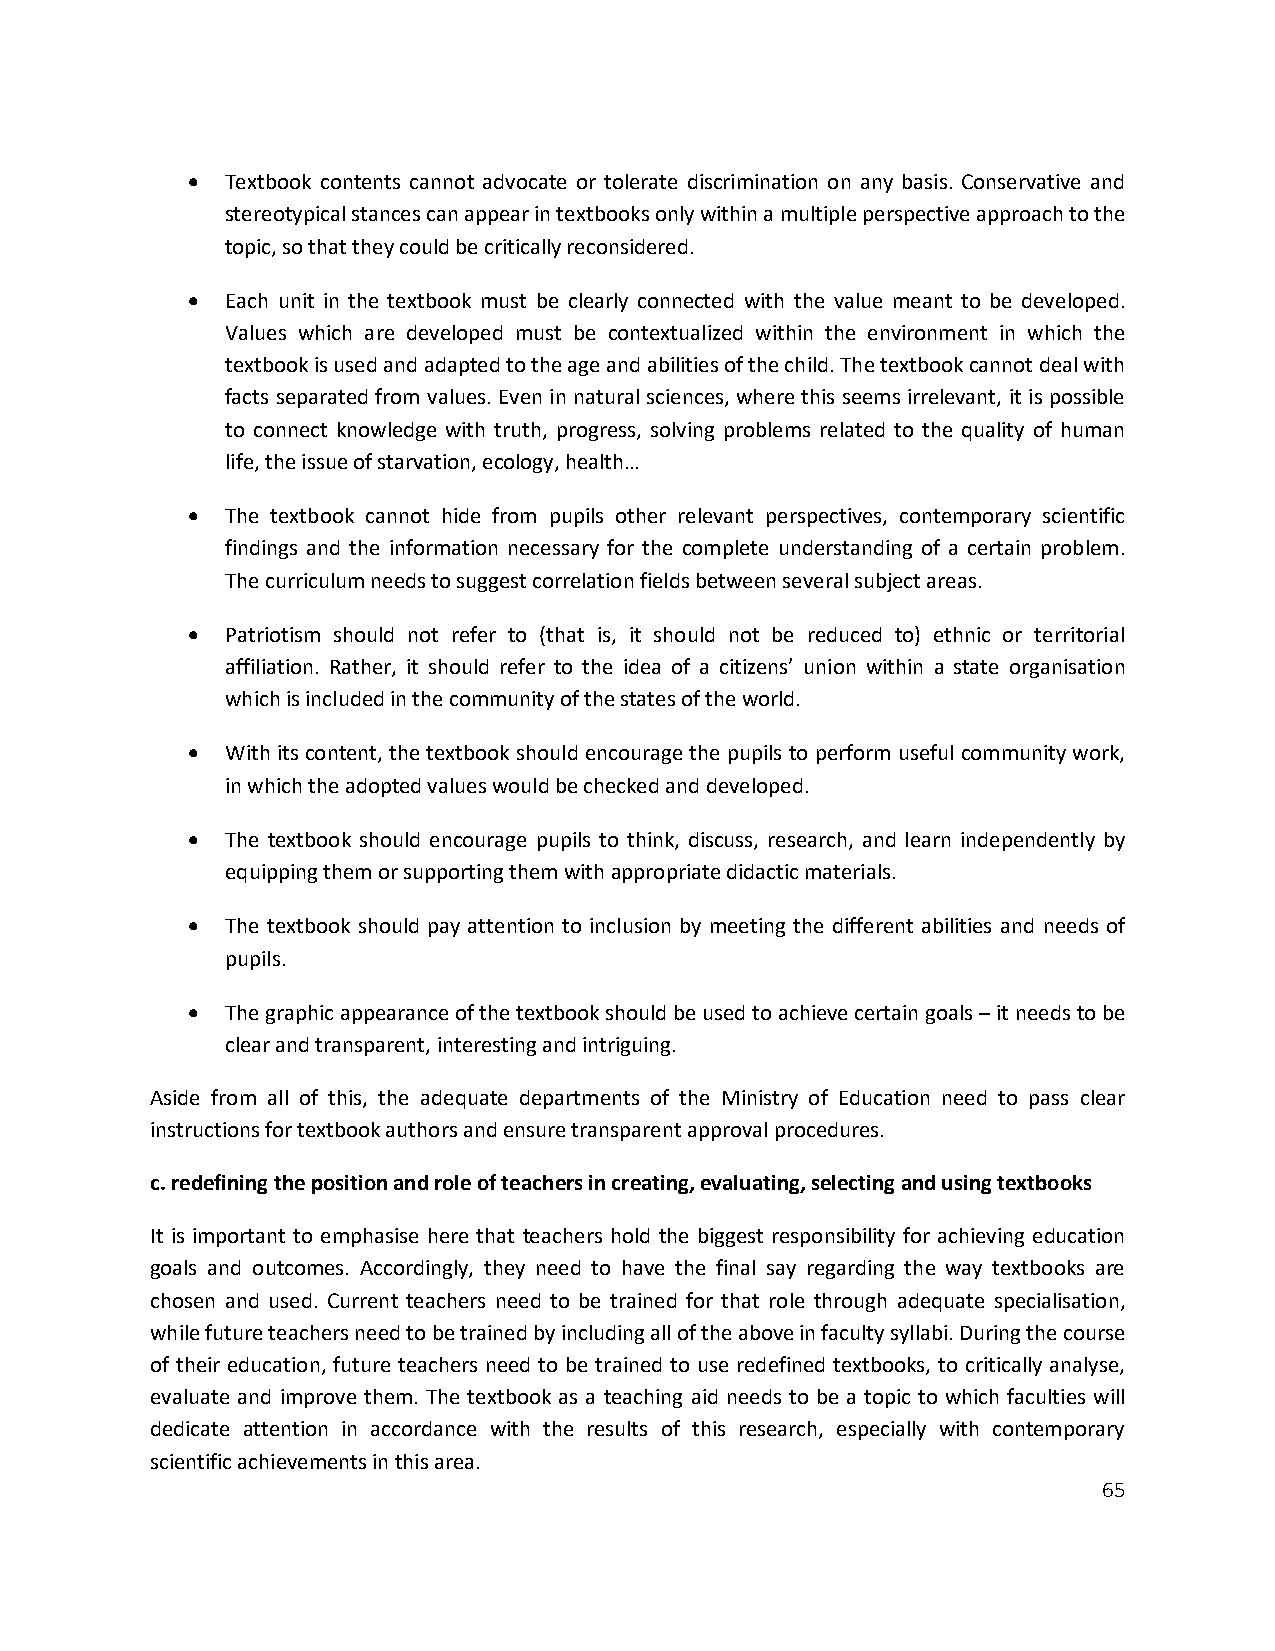
  Textbook contents cannot advocate or tolerate discrimination on any basis. Conservative and
 stereotypical stances can appear in textbooks only within a multiple perspective approach to the
 topic, so that they could be critically reconsidered.
   Each unit in the textbook must be clearly connected with the value meant to be developed.
 Values which are developed must be contextualized within the environment in which the
 textbook is used and adapted to the age and abilities of the child. The textbook cannot deal with
 facts separated from values. Even in natural sciences, where this seems irrelevant, it is possible
 to connect knowledge with truth, progress, solving problems related to the quality of human
 life, the issue of starvation, ecology, health…
   The textbook cannot hide from pupils other relevant perspectives, contemporary scientific
 findings and the information necessary for the complete understanding of a certain problem.
 The curriculum needs to suggest correlation fields between several subject areas.
   Patriotism should not refer to (that is, it should not be reduced to) ethnic or territorial
 affiliation. Rather, it should refer to the idea of a citizens’ union within a state organisation
 which is included in the community of the states of the world.
   With its content, the textbook should encourage the pupils to perform useful community work,
 in which the adopted values would be checked and developed.
   The textbook should encourage pupils to think, discuss, research, and learn independently by
 equipping them or supporting them with appropriate didactic materials.
   The textbook should pay attention to inclusion by meeting the different abilities and needs of
 pupils.
   The graphic appearance of the textbook should be used to achieve certain goals – it needs to be
 clear and transparent, interesting and intriguing.
 Aside from all of this, the adequate departments of the Ministry of Education need to pass clear
 instructions for textbook authors and ensure transparent approval procedures.
 c. redefining the position and role of teachers in creating, evaluating, selecting and using textbooks
 It is important to emphasise here that teachers hold the biggest responsibility for achieving education
 goals and outcomes. Accordingly, they need to have the final say regarding the way textbooks are
 chosen and used. Current teachers need to be trained for that role through adequate specialisation,
 while future teachers need to be trained by including all of the above in faculty syllabi. During the course
 of their education, future teachers need to be trained to use redefined textbooks, to critically analyse,
 evaluate and improve them. The textbook as a teaching aid needs to be a topic to which faculties will
 dedicate attention in accordance with the results of this research, especially with contemporary
 scientific achievements in this area.
 65